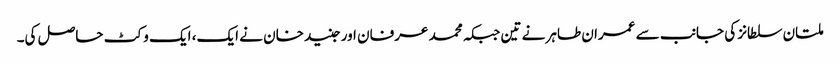
ملتان سلطانز کی جانب سے عمران طاہر نے تین جبکہ محمد عرفان اور جنید خان نے ایک، ایک وکٹ حاصل کی۔